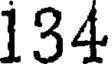
134